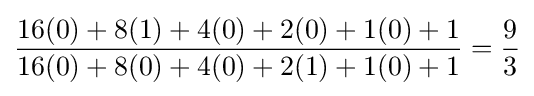
{16(0)+8(1)+4(0)+2(0)+1(0)+1 \over 16(0)+8(0)+4(0)+2(1)+1(0)+1}={9 \over 3}